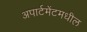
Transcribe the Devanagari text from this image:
अपार्टमेंटमधील